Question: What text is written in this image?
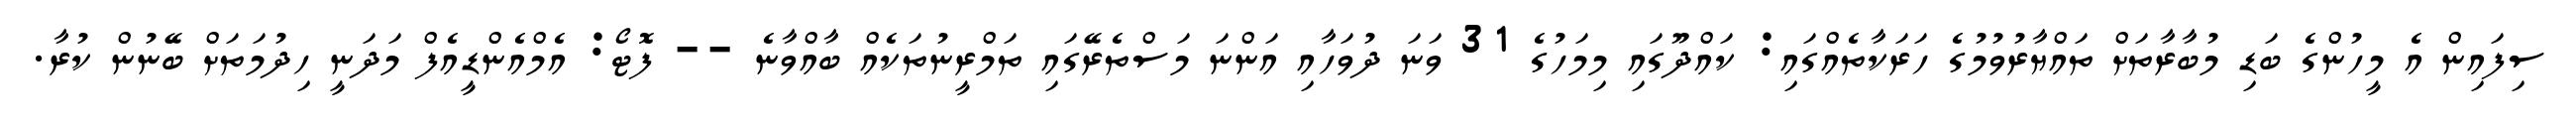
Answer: ސިފައިން އެ މީހުންގެ ބަޑި މުބާރާތަށް ތައްޔާރުވުމުގެ ހަރަކާތެއްގައި: ކައްދޫގައި މިމަހުގެ 31 ވަނަ ދުވަހާއި އަންނަ މަސްތެރޭގައި ތަމްރީނުތަކެއް ބާއްވާނެ -- ފޮޓޯ: އެމްއެންޑީއެފް މަދަނީ ހިދުމަތަށް ބޭނުން ކުރާ.